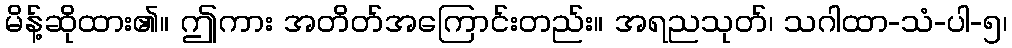
မိန့်ဆိုထား၏။ ဤကား အတိတ်အကြောင်းတည်း။ အရညသုတ်၊ သဂါထာ-သံ-ပါ-၅၊